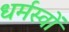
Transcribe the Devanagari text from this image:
धर्मस्वों